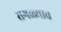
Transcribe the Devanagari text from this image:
सगळ्याव